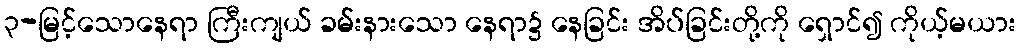
၃-မြင့်သောနေရာ ကြီးကျယ် ခမ်းနားသော နေရာ၌ နေခြင်း အိပ်ခြင်းတို့ကို ရှောင်၍ ကိုယ့်မယား